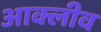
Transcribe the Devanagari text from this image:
आक्लीव